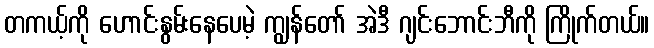
တကယ့်ကို ဟောင်းနွမ်းနေပေမဲ့ ကျွန်တော် အဲဒီ ဂျင်းဘောင်းဘီကို ကြိုက်တယ်။